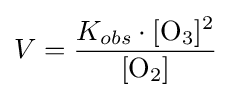
V={\frac {K_{obs}\cdot [{\mathrm {O} {\vphantom {A}}_{\smash[{t}]{3}}}]^{2}}{[{\mathrm {O} {\vphantom {A}}_{\smash[{t}]{2}}}]}}